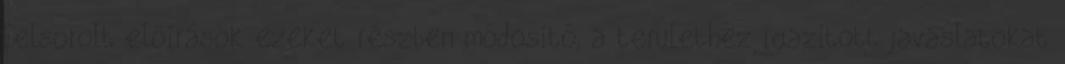
felsorolt előírások ezeket részben módosító, a területhez igazított javaslatokat